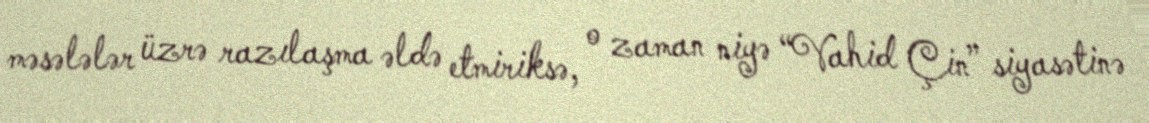
məsələlər üzrə razılaşma əldə etmiriksə, o zaman niyə “Vahid Çin” siyasətinə